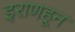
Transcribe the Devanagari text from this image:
इराणहून